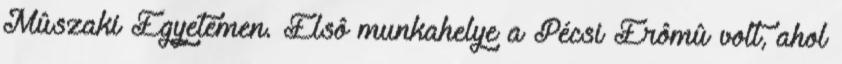
Mûszaki Egyetemen. Elsô munkahelye a Pécsi Erômû volt, ahol